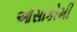
ઓસાકોમી